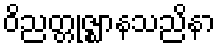
ဝိညတ္တုဇ္ဈာနသညိနာ